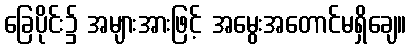
ခြေပိုင်း၌ အများအားဖြင့် အမွေးအတောင်မရှိချေ။